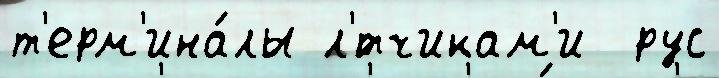
т'ерм'ина́лы л'́тчикам'и  рус